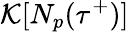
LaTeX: \mathcal{K}[N_{p}({\tau}^{+})]